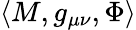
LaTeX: \left<M,g_{\mu\nu},\Phi\right>